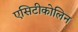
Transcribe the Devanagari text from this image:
एसिटीकोलिन